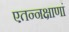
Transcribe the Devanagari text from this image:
एतन्नक्षाणां